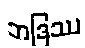
ဘဒြဿ